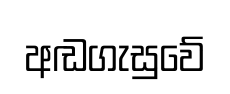
අඬගැසුවේ